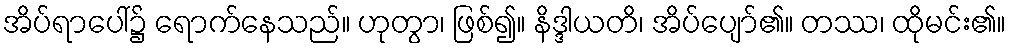
အိပ်ရာပေါ်၌ ရောက်နေသည်။ ဟုတွာ၊ ဖြစ်၍။ နိဒ္ဒါယတိ၊ အိပ်ပျော်၏။ တဿ၊ ထိုမင်း၏။